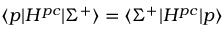
\langle p | H ^ { p c } | \Sigma ^ { + } \rangle = \langle \Sigma ^ { + } | H ^ { p c } | p \rangle